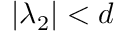
| \lambda _ { 2 } | < d